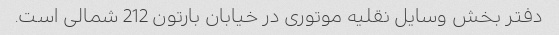
دفتر بخش وسایل نقلیه موتوری در خیابان بارتون 212 شمالی است.